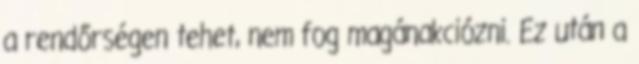
a rendőrségen tehet, nem fog magánakciózni. Ez után a